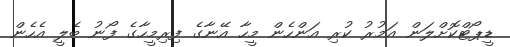
ޑީޕޯޓްކޮށްލަން އަމުރު ކުރި އަންހެން މީހާ އޭނާގެ ފިރިމީހާގެ ފޯނު ބެލީ އެހެން